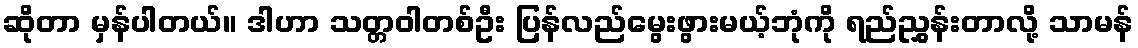
ဆိုတာ မှန်ပါတယ်။ ဒါဟာ သတ္တဝါတစ်ဦး ပြန်လည်မွေးဖွားမယ့်ဘုံကို ရည်ညွှန်းတာလို့ သာမန်